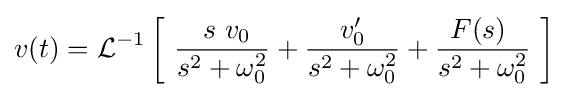
v(t)=\operatorname {\mathcal {L}} ^{-1}\left[\ {\frac {\ s\ v_{0}}{s^{2}+\omega _{0}^{2}}}+{\frac {v'_{0}}{s^{2}+\omega _{0}^{2}}}+{\frac {F(s)\ }{s^{2}+\omega _{0}^{2}}}\ \right]